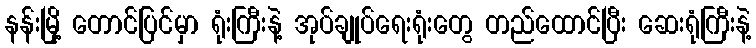
နန်းမြို့ တောင်ပြင်မှာ ရုံးကြီးနဲ့ အုပ်ချုပ်ရေးရုံးတွေ တည်ထောင်ပြီး ဆေးရုံကြီးနဲ့